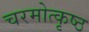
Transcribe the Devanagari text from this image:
चरमोत्कृष्ठ